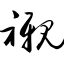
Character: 衬